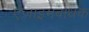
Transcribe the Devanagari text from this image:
एंजाइमबाधक